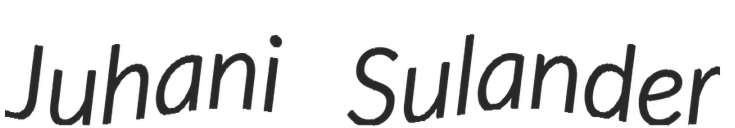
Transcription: Juhani Sulander